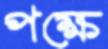
পক্ষে